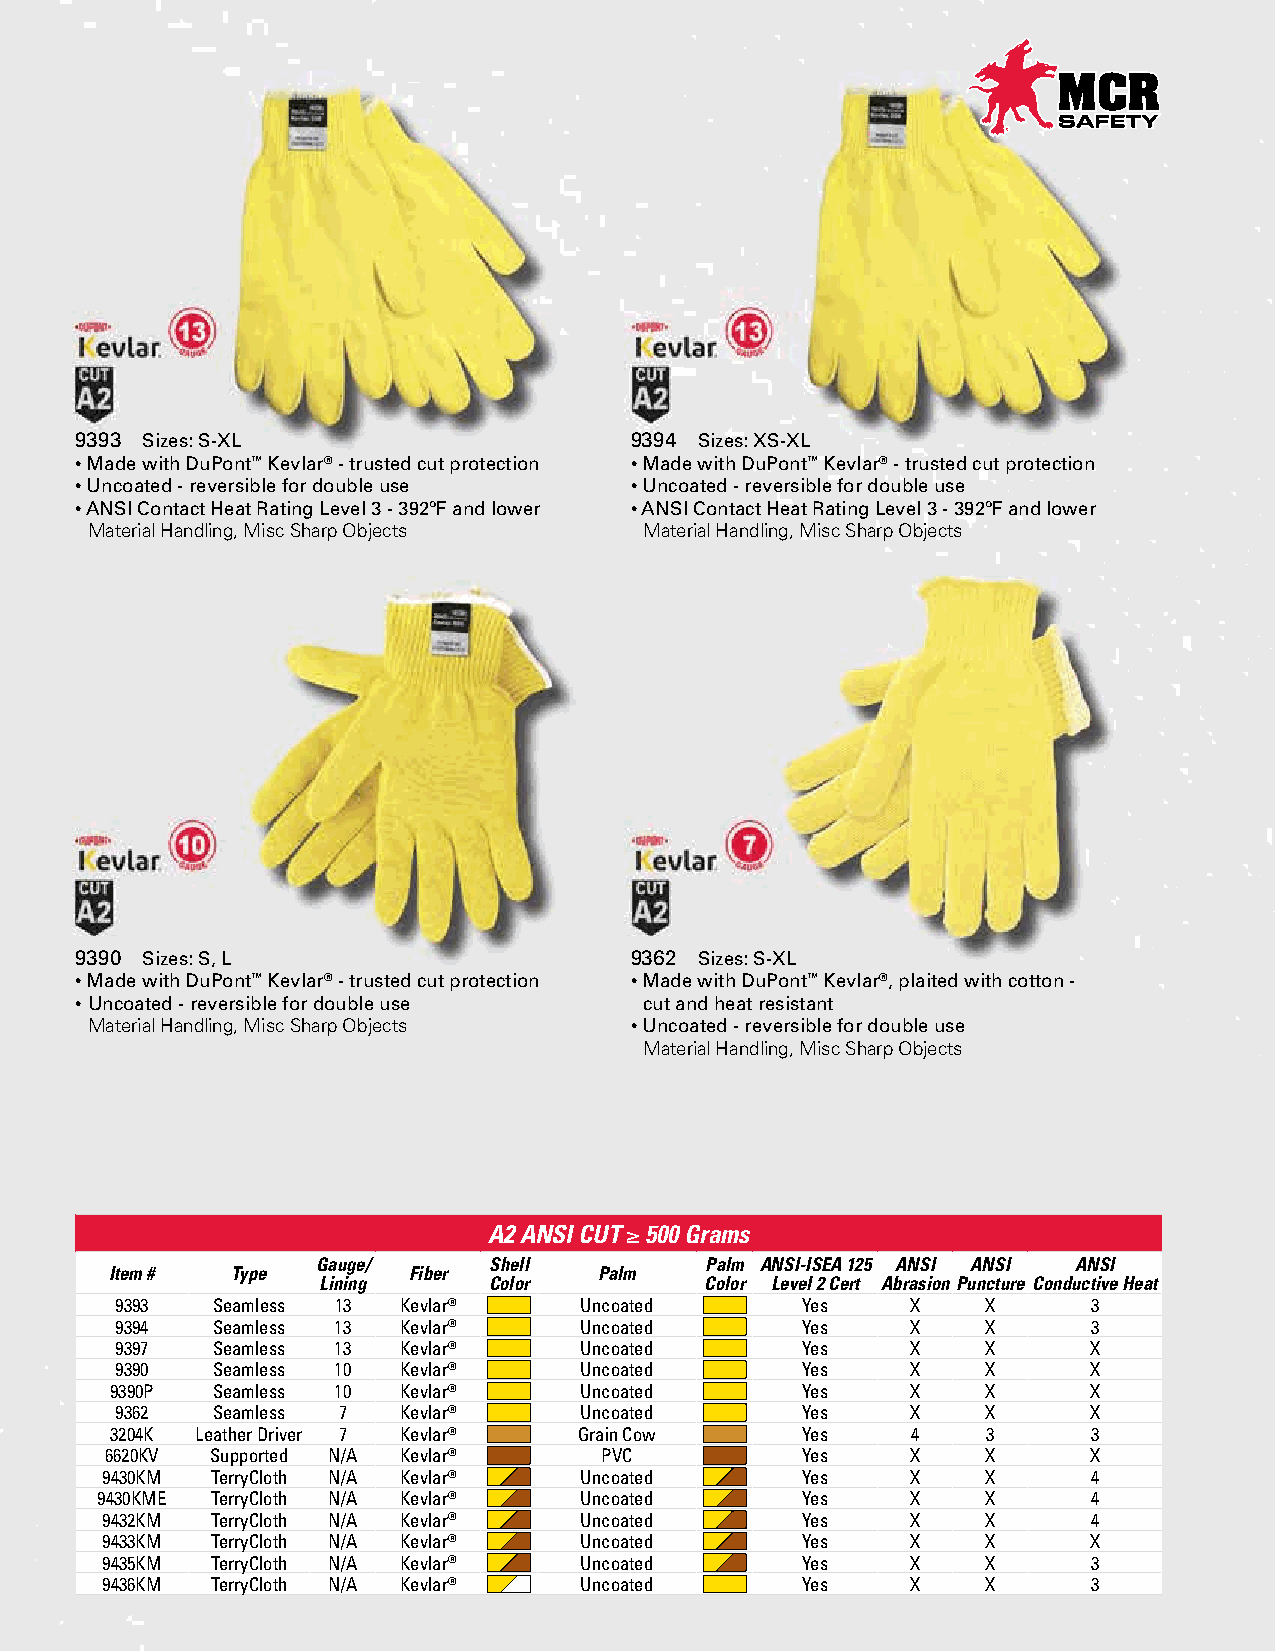
9393 Sizes: S-XL                     9394 Sizes: XS-XL
 • Made with DuPont™ Kevlar® - trusted cut protection • Made with DuPont™ Kevlar® - trusted cut protection
 • Uncoated - reversible for double use • Uncoated - reversible for double use
 • ANSI Contact Heat Rating Level 3 - 392ºF and lower • ANSI Contact Heat Rating Level 3 - 392ºF and lower
 Material Handling, Misc Sharp Objects Material Handling, Misc Sharp Objects
 9390 Sizes: S, L                     9362 Sizes: S-XL
 • Made with DuPont™ Kevlar® - trusted cut protection • Made with DuPont™ Kevlar®, plaited with cotton -
 • Uncoated - reversible for double use cut and heat resistant
 Material Handling, Misc Sharp Objects • Uncoated - reversible for double use
 Material Handling, Misc Sharp Objects
 A2 ANSI CUT ≥ 500 Grams
 Gauge/     Shell          Palm ANSI-ISEA 125 ANSI ANSI ANSI
 Item #  Type        Fiber        Palm
 Lining     Color          Color Level 2 Cert Abrasion Puncture Conductive Heat
 9393  Seamless 13 Kevlar®     Uncoated       Yes    X    X      3
 9394  Seamless 13 Kevlar®     Uncoated       Yes    X    X      3
 9397  Seamless 13 Kevlar®     Uncoated       Yes    X    X      X
 9390  Seamless 10 Kevlar®     Uncoated       Yes    X    X      X
 9390P  Seamless 10 Kevlar®     Uncoated       Yes    X    X      X
 9362  Seamless 7  Kevlar®     Uncoated       Yes    X    X      X
 3204K Leather Driver 7 Kevlar® Grain Cow      Yes    4    3      3
 6620KV Supported N/A Kevlar®     PVC          Yes    X    X      X
 9430KM TerryCloth N/A Kevlar®  Uncoated       Yes    X    X      4
 9430KME TerryCloth N/A Kevlar®  Uncoated       Yes    X    X      4
 9432KM TerryCloth N/A Kevlar®  Uncoated       Yes    X    X      4
 9433KM TerryCloth N/A Kevlar®  Uncoated       Yes    X    X      X
 9435KM TerryCloth N/A Kevlar®  Uncoated       Yes    X    X      3
 9436KM TerryCloth N/A Kevlar®  Uncoated       Yes    X    X      3